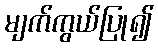
မျက်ကွယ်ပြု၍